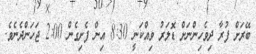
ބޭރަށް ފުރާ ދިވެހިންނަށް ޑޮލަރު ވިއްކަނީ 8:30 އިން ފެށިގެން 2:00 ޖަހަންދެނެވެ.